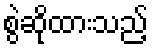
စွဲဆိုထားသည့်